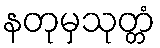
နတုမှသုတ္တံ